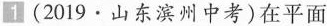
1(2019·山东滨州中考)在平面